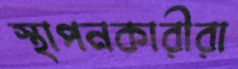
স্থাপনকারীরা